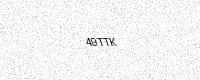
Text: 49TTK